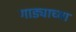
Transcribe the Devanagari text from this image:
गाड्याच्या